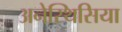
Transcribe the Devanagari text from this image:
अनेस्थिसिया